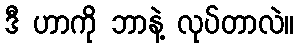
ဒီ ဟာကို ဘာနဲ့ လုပ်တာလဲ။